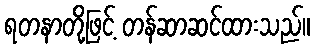
ရတနာတို့ဖြင့် တန်ဆာဆင်ထားသည်။